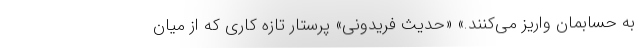
به حسابمان واریز می‌کنند.» «حدیث فریدونی» پرستار تازه کاری که از میان